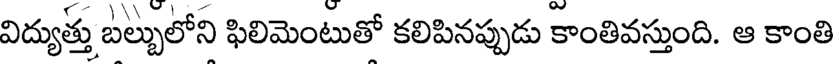
విద్యుత్తు బల్బులోని ఫిలిమెంటుతో కలిపినప్పుడు కాంతివస్తుంది. ఆ కాంతి